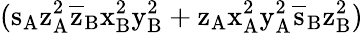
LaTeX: (\mathrm{s_{A}\mathrm{z_{A}^{2}\mathrm{\overline{{z}}_{B}\mathrm{x_{B}^{2}\mathrm{y_{B}^{2}+\mathrm{z_{A}\mathrm{x_{A}^{2}\mathrm{y_{A}^{2}\mathrm{\overline{{s}}_{B}\mathrm{z_{B}^{2})}}}}}}}}}}